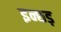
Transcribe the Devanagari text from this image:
इन्छड़